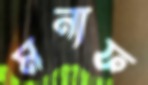
মনাফ